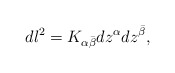
\begin{align*}dl^2=K_{\alpha{\bar\beta}}dz^{\alpha} dz^{\bar\beta},\end{align*}